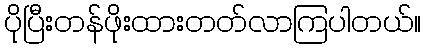
ပိုပြီးတန်ဖိုးထားတတ်လာကြပါတယ်။